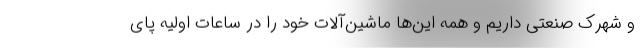
و شهرک صنعتی داریم و همه این‌ها ماشین‌آلات خود را در ساعات اولیه پای